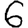
Digit: 6